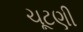
ચૂટણી